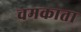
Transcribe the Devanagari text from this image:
चमकाता